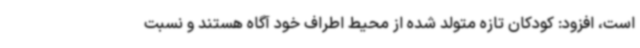
است، افزود: کودکان تازه متولد شده از محیط اطراف خود آگاه هستند و نسبت